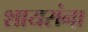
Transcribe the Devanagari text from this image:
शायरांना